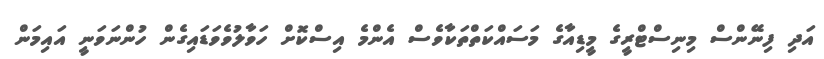
އަދި ފިނޭންސް މިނިސްޓްރީގެ މީޑިއާގެ މަސައްކަތްތަކާވެސް އެންމެ އިސްކޮށް ހަވާލުވެވަޑައިގެން ހުންނަވަނީ އައިމަން